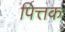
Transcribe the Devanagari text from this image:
पित्तक